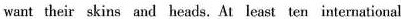
want their skins and heads, At least ten international